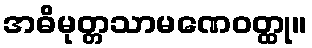
အဓိမုတ္တသာမဏေဝတ္ထု။